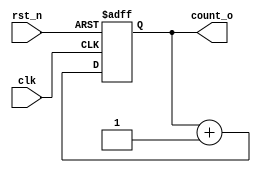
`timescale 1ns / 1ps
//////////////////////////////////////////////////////////////////////////////////
// Company: 
// Engineer: 
// 
// Design Name: 
// Module Name: counter_param
// Project Name: 
// Target Devices: 
// Tool Versions: 
// Description: 
// 
// Dependencies: 
// 
// Revision:
// Revision 0.01 - File Created
// Additional Comments:
// 
//////////////////////////////////////////////////////////////////////////////////


module counter_param
#(
parameter N = 8
)
(
input clk,
input rst_n,
output [N-1:0] count_o
);

reg [N-1:0] count;

always @(posedge clk, negedge rst_n) begin
    if (rst_n == 1'b0) begin
        count <= {N{1'b0}};
    end else begin
        count <= count + 1;
    end
end

assign count_o = count;

endmodule